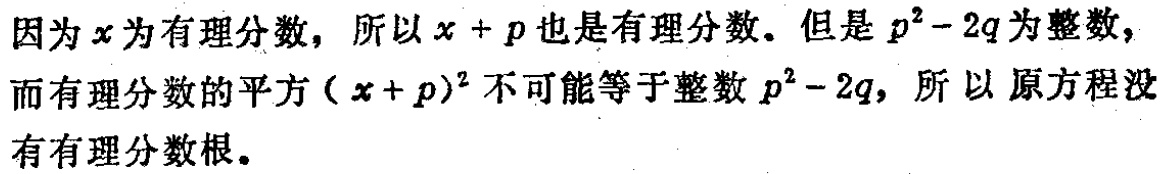
因为\(x\)为有理分数，所以\(x + p\)也是有理分数。但是\(p^{2}-2q\)为整数，而有理分数的平方\((x + p)^{2}\)不可能等于整数\(p^{2}-2q\)，所以原方程没有有理分数根。